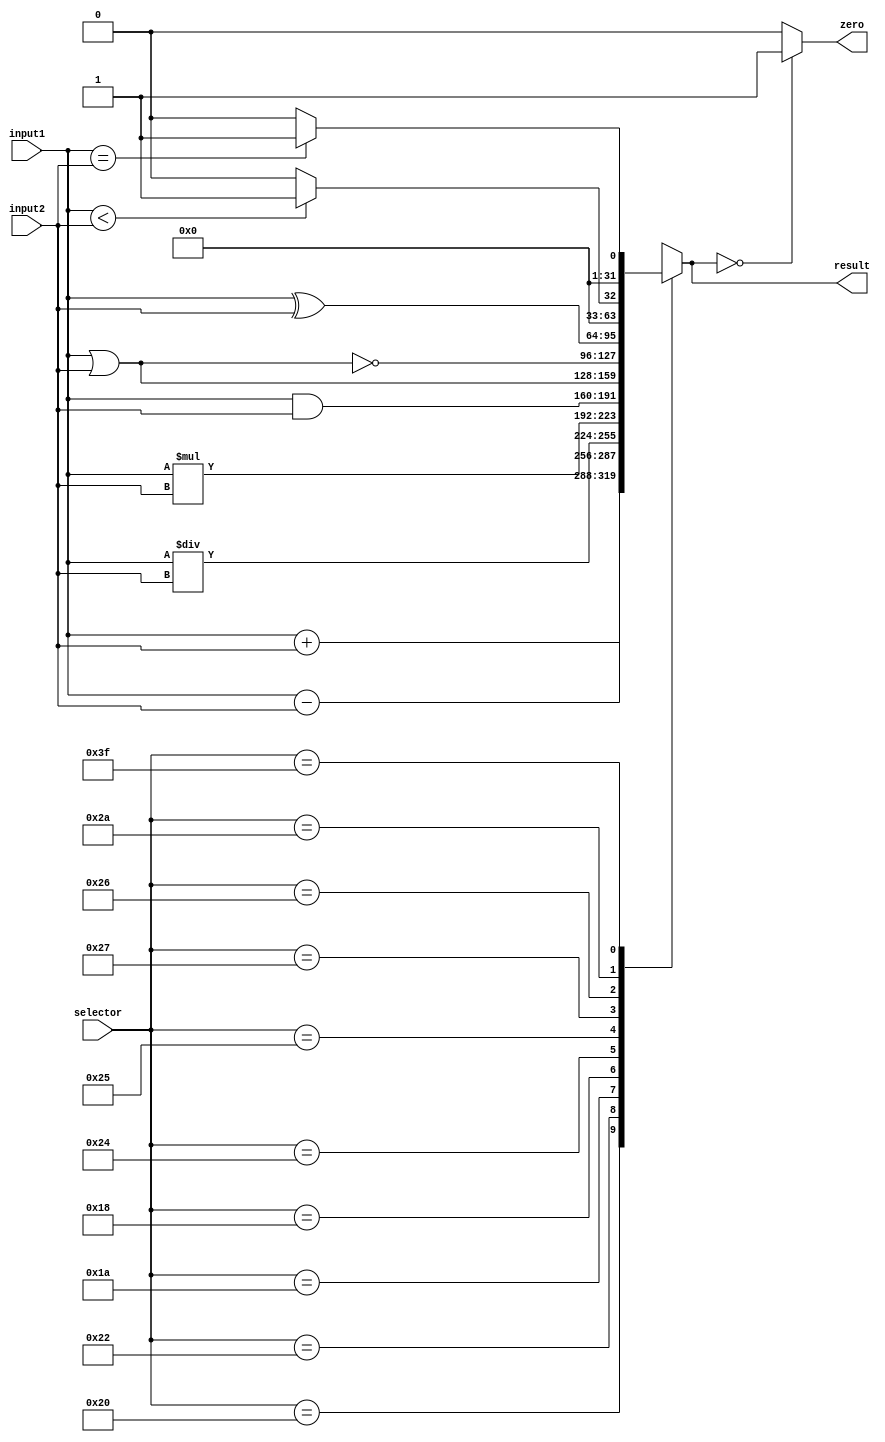
module ALU
(
	input wire [ 5:0]selector,
	input wire [31:0]input1,
	input wire [31:0]input2,
	output reg [31:0]result,
	output reg zero
);
	
	always @(*)
		begin
			case (selector)
				6'b100000: // ADD
					begin
						result <=   input1 + input2;
					end
				6'b100010: // SUB
					begin
						result <=   input1 - input2;
					end
				6'b011010: // DIV
					begin
						result <=   input1 / input2;
					end
				6'b011000: // MULT
					begin
						result <=   input1 * input2;
					end
				6'b100100: // AND
					begin
						result <=   input1 & input2;
					end
				6'b100101: // OR
					begin
						result <=   input1 | input2;
					end
				6'b100111: // NOR
					begin
						result <= ~(input1 | input2);
					end
				6'b100110: // XOR
					begin
						result <=   input1 ^ input2;
					end
				6'b101010: // SLT
					begin 										
						if (input1 < input2) 
							begin
								result <= 32'b1;
							end
						else 
							begin
								result <= 32'b0;
							end
					end
				6'b111111: // EQ
					begin
						if (input1 == input2) 
							begin
								result <= 32'b1;
							end
						else 
							begin
								result <= 32'b0;
							end
					end
				default: // Undefined
					begin
						result <= 32'bxxxxxxxxxxxxxxxxxxxxxxxxxxxxxxxx;
					end
			endcase
		end
		
	always @(result)
		begin
			if (result == 32'b0)
				begin
					zero <= 1'b1;
				end
			else 
				begin
					zero <= 1'b0;
				end
		end

endmodule